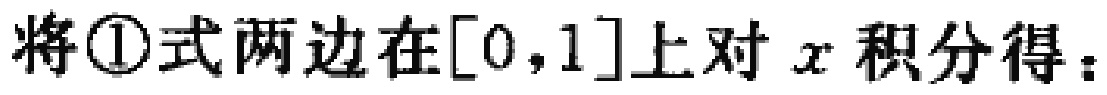
将\textcircled{1}式两边在\([0,1]\)上对\(x\)积分得：